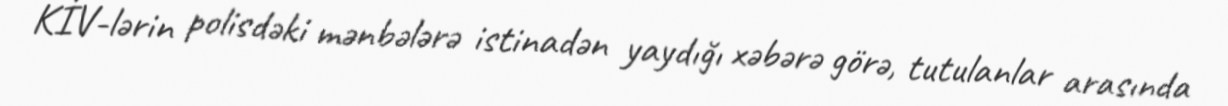
KİV-lərin polisdəki mənbələrə istinadən yaydığı xəbərə görə, tutulanlar arasında